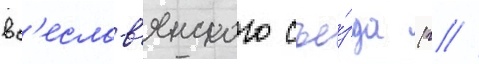
вс'еслав'янского съе́зда (г //